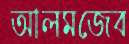
আলমজেব